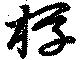
桴